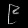
Digit: ၉